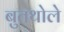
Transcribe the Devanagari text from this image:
बुतथोले